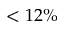
< 1 2 \%